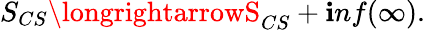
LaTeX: S_{CS}\longrightarrowS_{CS}+\mathbf{i}nf(\infty).